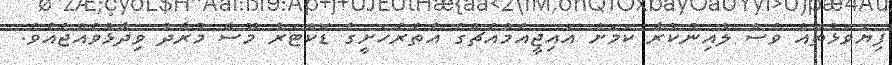
ފިޔަވަޅުތައް ވެސް ލުއިނުކުރާ ކަމަށް އައިޖީއެމްއެޗްގެ އެތެރެހަށީގެ ޑޮކްޓަރު މޫސާ މުރާދު ވިދާޅުވެއްޖެއެވެ.